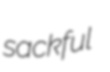
sackful